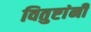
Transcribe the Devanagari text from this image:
वितुष्टांनी